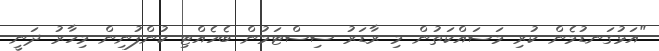
"އަޅުގަނޑުމެން ކުރި މަސައްކަތުން މި ރާޑަރު ސިސްޓަމުން ބެހެއްޓި ކުންފުނިން މިހާރު ދަނީ